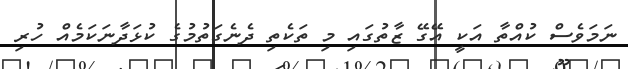
ނަމަވެސް ކުއްތާ އަކީ އޭގޭ ޒާތުގައި މި ތަކެތި ދެނެގަތުމުގެ ކުޅަދާނަކަމެއް ހުރި